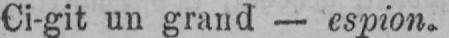
Ci-git un grand - espion.